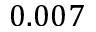
0 . 0 0 7